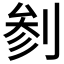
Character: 𱐠